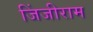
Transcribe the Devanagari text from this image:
जिंजीराम